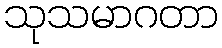
သုသမာဂတာ